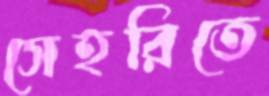
সেহরিতে